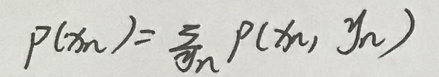
\[ p(x_n)=\sum_{y_n} p(x_n, y_n) \]